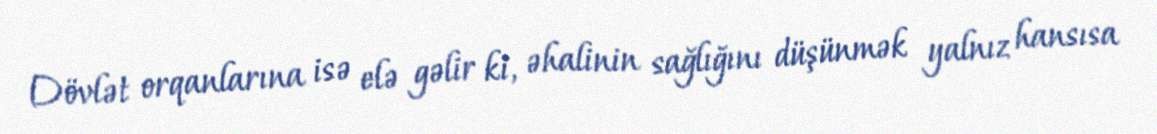
Dövlət orqanlarına isə elə gəlir ki, əhalinin sağlığını düşünmək yalnız hansısa